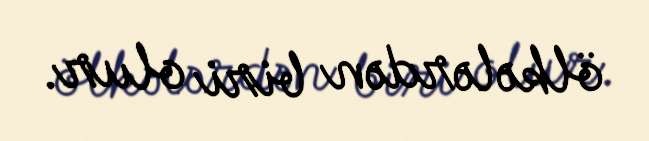
ölkələrdən biri olur.